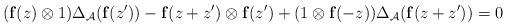
LaTeX: \begin{align*}(\mathbf f(z)\otimes 1)\Delta_{\mathcal A}(\mathbf f(z'))-\mathbf f(z+z')\otimes \mathbf f(z')+(1\otimes\mathbf f(-z))\Delta_{\mathcal A}(\mathbf f(z+z'))=0\end{align*}